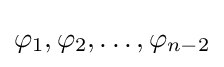
\varphi _{1},\varphi _{2},\ldots ,\varphi _{n-2}